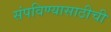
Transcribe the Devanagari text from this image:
संपविण्यासाठीची